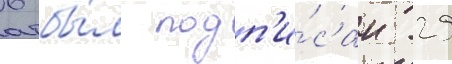
6 бы́л подп'и́сан 29